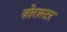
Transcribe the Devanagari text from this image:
ज़ोरास्टर